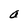
Character: a